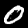
Digit: 0